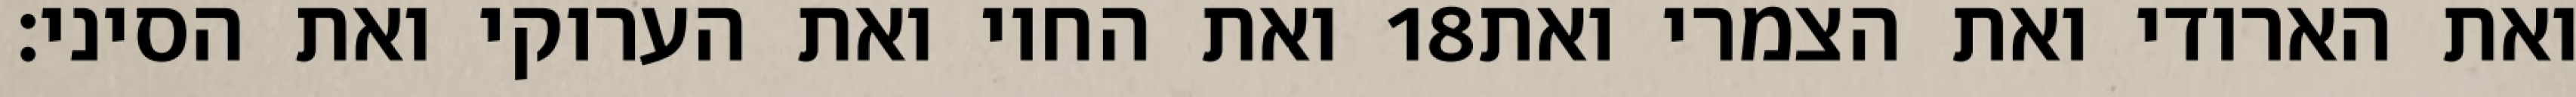
ואת החוי ואת הערוקי ואת הסיני׃ ‎18‏ ואת הארודי ואת הצמרי ואת